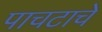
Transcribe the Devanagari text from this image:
पाचटाचे